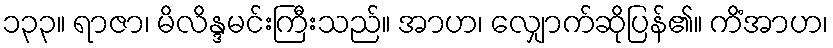
၁၃၃။ ရာဇာ၊ မိလိန္ဒမင်းကြီးသည်။ အာဟ၊ လျှောက်ဆိုပြန်၏။ ကိံအာဟ၊